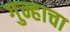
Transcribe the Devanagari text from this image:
गुन्हाचा